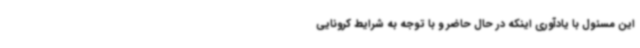
این مسئول با یادآوری اینکه در حال حاضر و با توجه به شرایط کرونایی